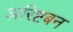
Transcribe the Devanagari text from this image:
अरिष्टबन